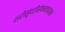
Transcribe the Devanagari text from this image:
श्रीसुंदरीसेवनतत्परानां